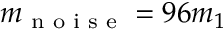
m _ { \textrm { n o i s e } } = 9 6 m _ { 1 }